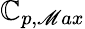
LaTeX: \mathbb{C}_{p,\mathscr{M}ax}